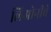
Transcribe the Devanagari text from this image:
लिओनीचे